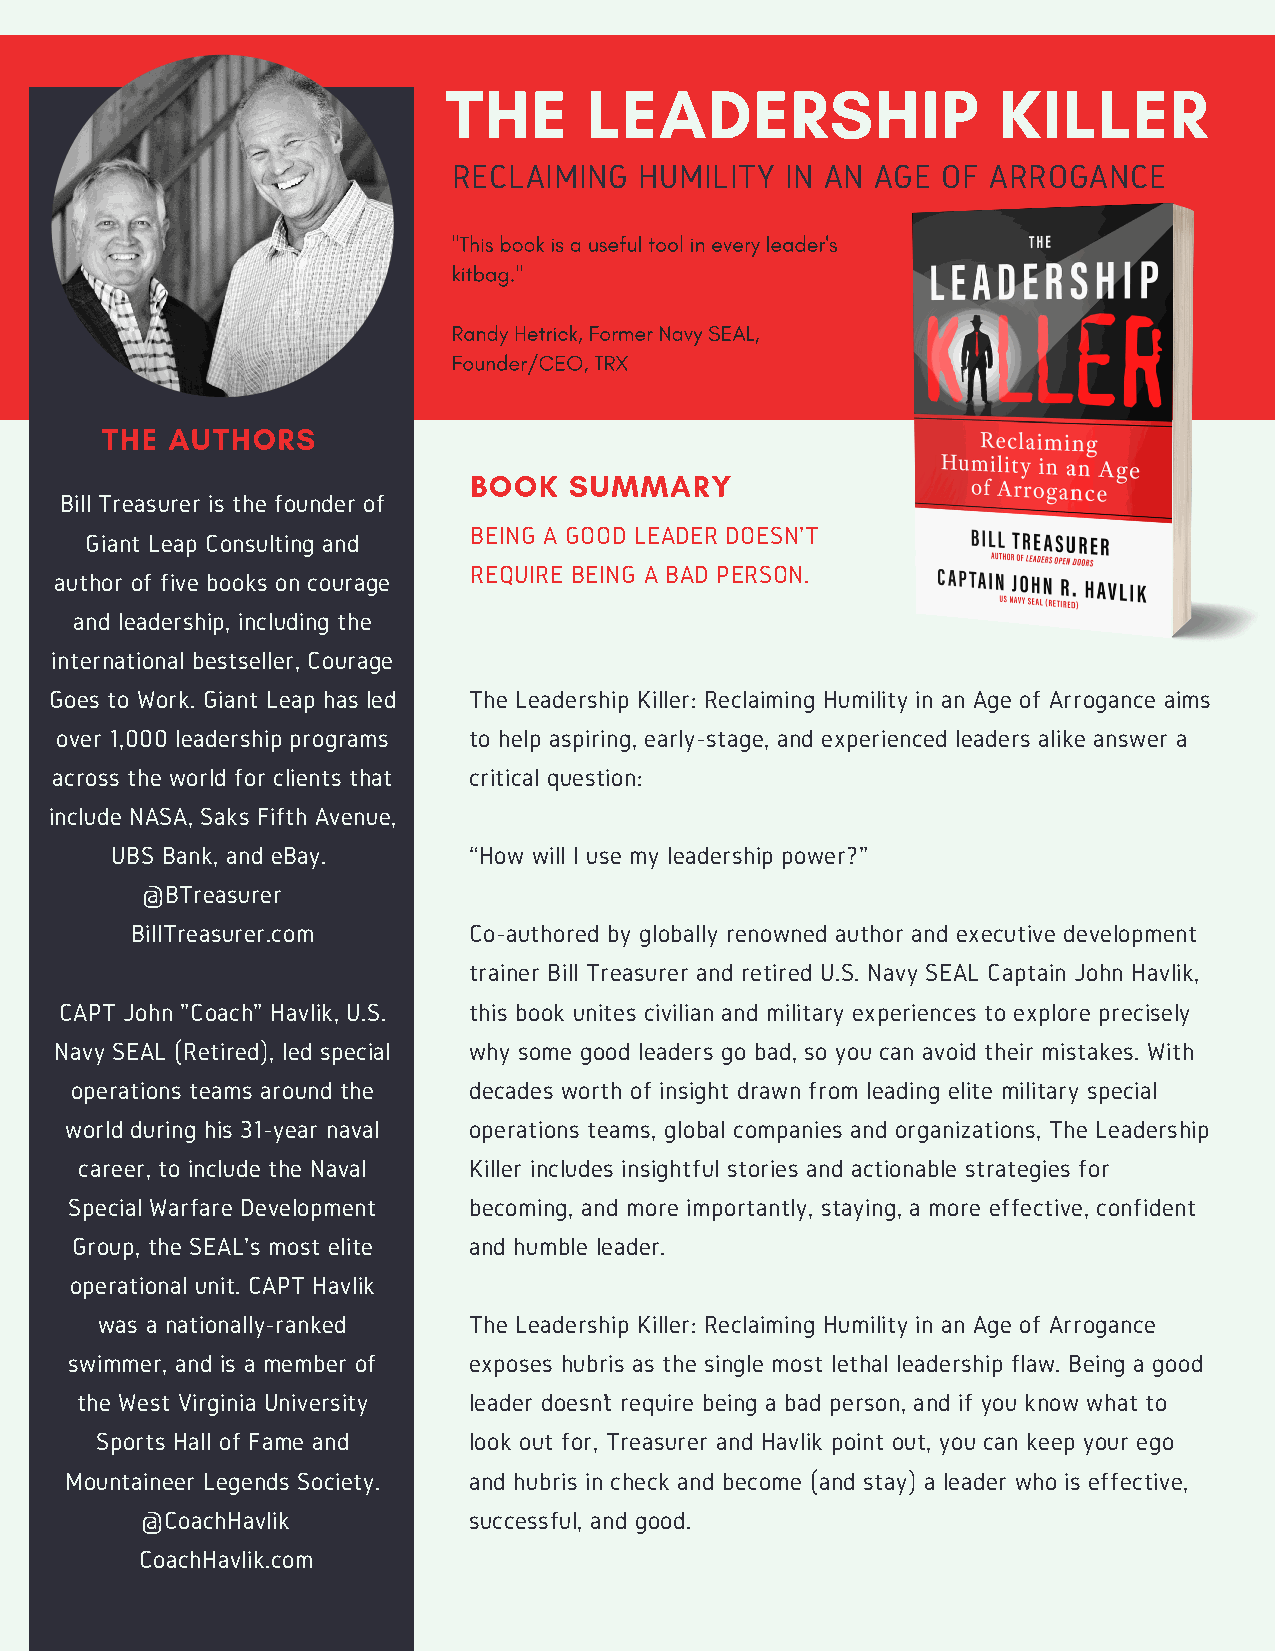
THE       LEADERSHIP                 KILLER
 RECLAIMING  HUMILITY  IN AN AGE OF  ARROGANCE
 "This book is a useful tool in every leader's
 kitbag."
 Randy Hetrick, Former Navy SEAL,
 Founder/CEO, TRX
 THE AUTHORS
 BOOK   SUMMARY
 Bill Treasurer is the founder of
 BEING A GOOD LEADER DOESN'T
 Giant Leap Consulting and
 REQUIRE BEING A BAD PERSON.
 author of five books on courage
 and leadership, including the
 international bestseller, Courage
 Goes to Work. Giant Leap has led The Leadership Killer: Reclaiming Humility in an Age of Arrogance aims
 over 1,000 leadership programs to help aspiring, early-stage, and experienced leaders alike answer a
 across the world for clients that critical question:
 include NASA, Saks Fifth Avenue,
 UBS Bank, and eBay.     “How will I use my leadership power?”
 @BTreasurer
 BillTreasurer.com     Co-authored by globally renowned author and executive development
 trainer Bill Treasurer and retired U.S. Navy SEAL Captain John Havlik,
 CAPT John "Coach" Havlik, U.S. this book unites civilian and military experiences to explore precisely
 Navy SEAL (Retired), led special why some good leaders go bad, so you can avoid their mistakes. With
 operations teams around the decades worth of insight drawn from leading elite military special
 world during his 31-year naval operations teams, global companies and organizations, The Leadership
 career, to include the Naval Killer includes insightful stories and actionable strategies for
 Special Warfare Development becoming, and more importantly, staying, a more effective, confident
 Group, the SEAL's most elite and humble leader.
 operational unit. CAPT Havlik
 was a nationally-ranked  The Leadership Killer: Reclaiming Humility in an Age of Arrogance
 swimmer, and is a member of exposes hubris as the single most lethal leadership flaw. Being a good
 the West Virginia University leader doesn’t require being a bad person, and if you know what to
 Sports Hall of Fame and  look out for, Treasurer and Havlik point out, you can keep your ego
 Mountaineer Legends Society. and hubris in check and become (and stay) a leader who is effective,
 @CoachHavlik          successful, and good.
 CoachHavlik.com